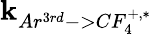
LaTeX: \mathbf{k}_{Ar^{3rd}->CF_{4}^{+,*}}